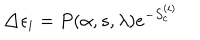
LaTeX: \triangle \epsilon _ { i } = P ( \alpha , s , \lambda ) e ^ { - S _ { c } ^ { ( i ) } }